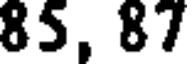
85, 87